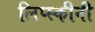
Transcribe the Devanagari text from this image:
लिप्स्कीनी